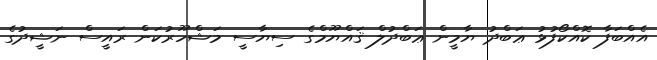
އެއްބަފާ ކޮއްކޯފުޅު ޢަބްދު ޔާމީން ޢަބްދުލް ޤައްޔޫމްގެ ސިޔާސީ މަޝްހޫރުކަން ރައީސް ނަޝީދުގެ